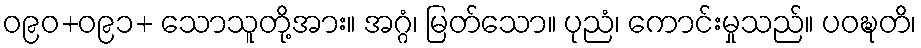
ဝ၉၀+ဝ၉၁+ သောသူတို့အား။ အဂ္ဂံ၊ မြတ်သော။ ပုညံ၊ ကောင်းမှုသည်။ ပဝဍ္ဎတိ၊